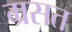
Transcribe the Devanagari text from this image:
ग्रसत